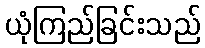
ယုံကြည်ခြင်းသည်